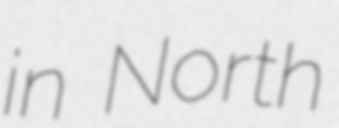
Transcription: in North